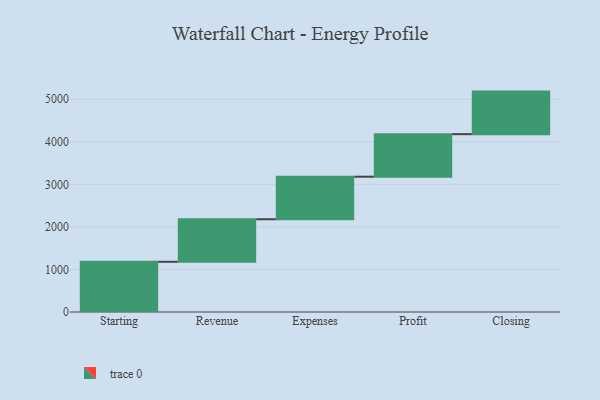
{"axis": {"x": "Step", "y": "Value"}, "legend": [""], "data": [{"x": "Starting", "y": 1180.0, "type": ""}, {"x": "Revenue", "y": 1000, "type": ""}, {"x": "Expenses", "y": 1000, "type": ""}, {"x": "Profit", "y": 1000, "type": ""}, {"x": "Closing", "y": 1000, "type": ""}]}